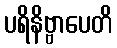
ပရိနိဗ္ဗာပေတိ